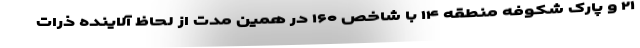
۲۱ و پارک شکوفه منطقه ۱۴ با شاخص ۱۶۰ در همین مدت از لحاظ آلاینده ذرات